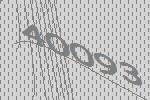
40093